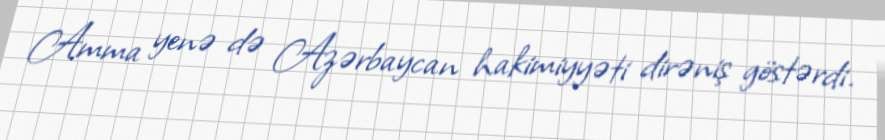
Amma yenə də Azərbaycan hakimiyyəti dirəniş göstərdi.